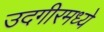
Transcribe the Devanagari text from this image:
उदगीरमध्ये